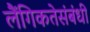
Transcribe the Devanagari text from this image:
लैंगिकतेसंबंधी